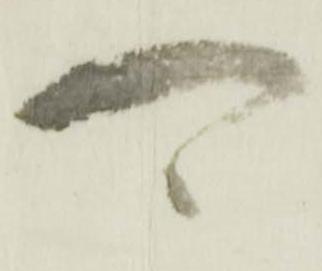
可